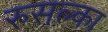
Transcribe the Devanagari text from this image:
रुसल्का